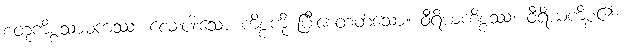
စတုကိစ္စသာဓကဿ၊ လေးပါးသော ကိစ္စကို ပြီးစေတတ်သော။ ဝီရိယကိစ္စဿ၊ ဝီရိယကိစ္စ၏။